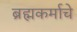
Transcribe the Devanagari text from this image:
ब्रह्मकर्माचे